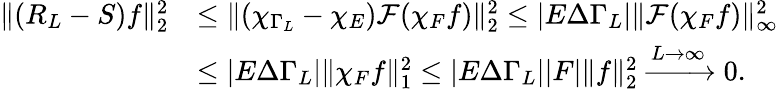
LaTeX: \begin{array}{rl}{\| (R_{L}-S)f\| _{2}^{2}}&{\le\| (\chi_{\Gamma_{L}}-\chi_{E})\mathcal{F}(\chi_{F}f)\| _{2}^{2}\le|E\Delta\Gamma_{L}|\| \mathcal{F}(\chi_{F}f)\| _{\infty}^{2}}\\ &{\le|E\Delta\Gamma_{L}|\| \chi_{F}f\| _{1}^{2}\le|E\Delta\Gamma_{L}||F|\| f\| _{2}^{2}\xrightarrow{L\to\infty}0.}\end{array}